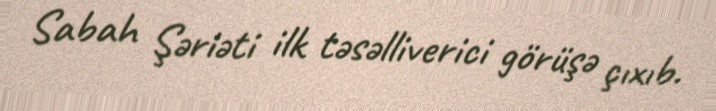
Sabah Şəriəti ilk təsəlliverici görüşə çıxıb.